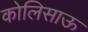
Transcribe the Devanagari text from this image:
कोलिसाऊ